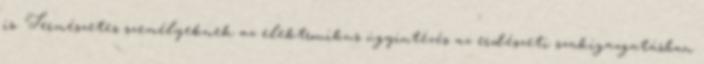
is. Természetes személyeknek az elektronikus ügyintézés az erdészeti szakigazgatásban